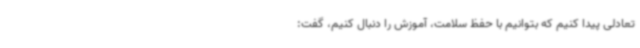
تعادلی پیدا کنیم که بتوانیم با حفظ سلامت، آموزش را دنبال کنیم، گفت: